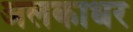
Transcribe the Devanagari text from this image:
अलकाधर